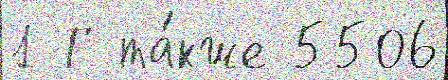
1 Г та́кже 5506